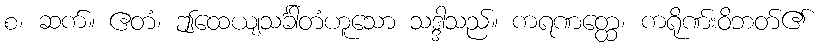
စ၊ ဆက်။ ဧတံ၊ ဤထေယျသင်္ခါတံဟူသော သဒ္ဒါသည်။ ကရဏတ္ထေ၊ ကရိုဏ်းဝိဘတ်၏